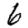
Digit: 6